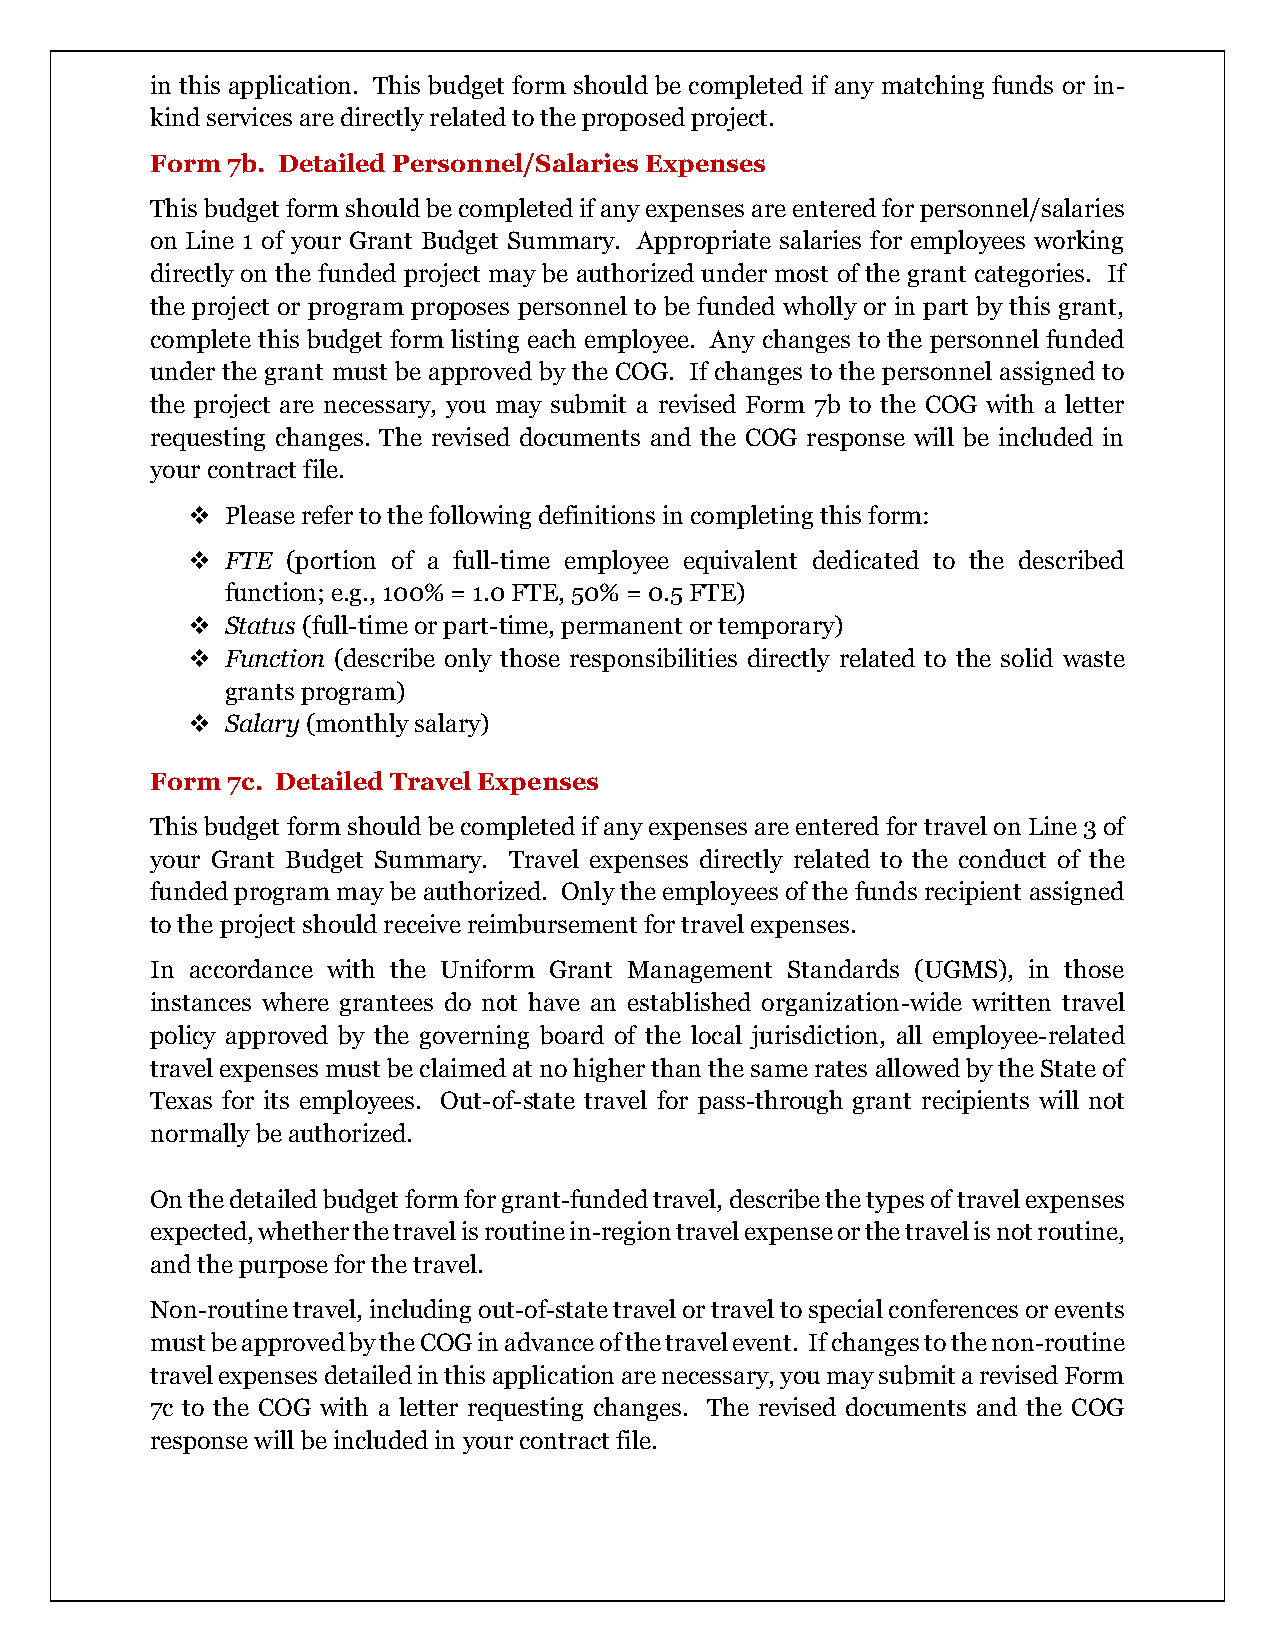
in this application. This budget form should be completed if any matching funds or in-
 kind services are directly related to the proposed project.
 Form 7b. Detailed Personnel/Salaries Expenses
 This budget form should be completed if any expenses are entered for personnel/salaries
 on Line 1 of your Grant Budget Summary. Appropriate salaries for employees working
 directly on the funded project may be authorized under most of the grant categories. If
 the project or program proposes personnel to be funded wholly or in part by this grant,
 complete this budget form listing each employee. Any changes to the personnel funded
 under the grant must be approved by the COG. If changes to the personnel assigned to
 the project are necessary, you may submit a revised Form 7b to the COG with a letter
 requesting changes. The revised documents and the COG response will be included in
 your contract file.
 ❖  Please refer to the following definitions in completing this form:
 ❖  FTE (portion of a full-time employee equivalent dedicated to the described
 function; e.g., 100% = 1.0 FTE, 50% = 0.5 FTE)
 ❖  Status (full-time or part-time, permanent or temporary)
 ❖  Function (describe only those responsibilities directly related to the solid waste
 grants program)
 ❖  Salary (monthly salary)
 Form 7c. Detailed Travel Expenses
 This budget form should be completed if any expenses are entered for travel on Line 3 of
 your Grant Budget Summary. Travel expenses directly related to the conduct of the
 funded program may be authorized. Only the employees of the funds recipient assigned
 to the project should receive reimbursement for travel expenses.
 In accordance with the Uniform Grant Management Standards (UGMS), in those
 instances where grantees do not have an established organization-wide written travel
 policy approved by the governing board of the local jurisdiction, all employee-related
 travel expenses must be claimed at no higher than the same rates allowed by the State of
 Texas for its employees. Out-of-state travel for pass-through grant recipients will not
 normally be authorized.
 On the detailed budget form for grant-funded travel, describe the types of travel expenses
 expected, whether the travel is routine in-region travel expense or the travel is not routine,
 and the purpose for the travel.
 Non-routine travel, including out-of-state travel or travel to special conferences or events
 must be approved by the COG in advance of the travel event. If changes to the non-routine
 travel expenses detailed in this application are necessary, you may submit a revised Form
 7c to the COG with a letter requesting changes. The revised documents and the COG
 response will be included in your contract file.